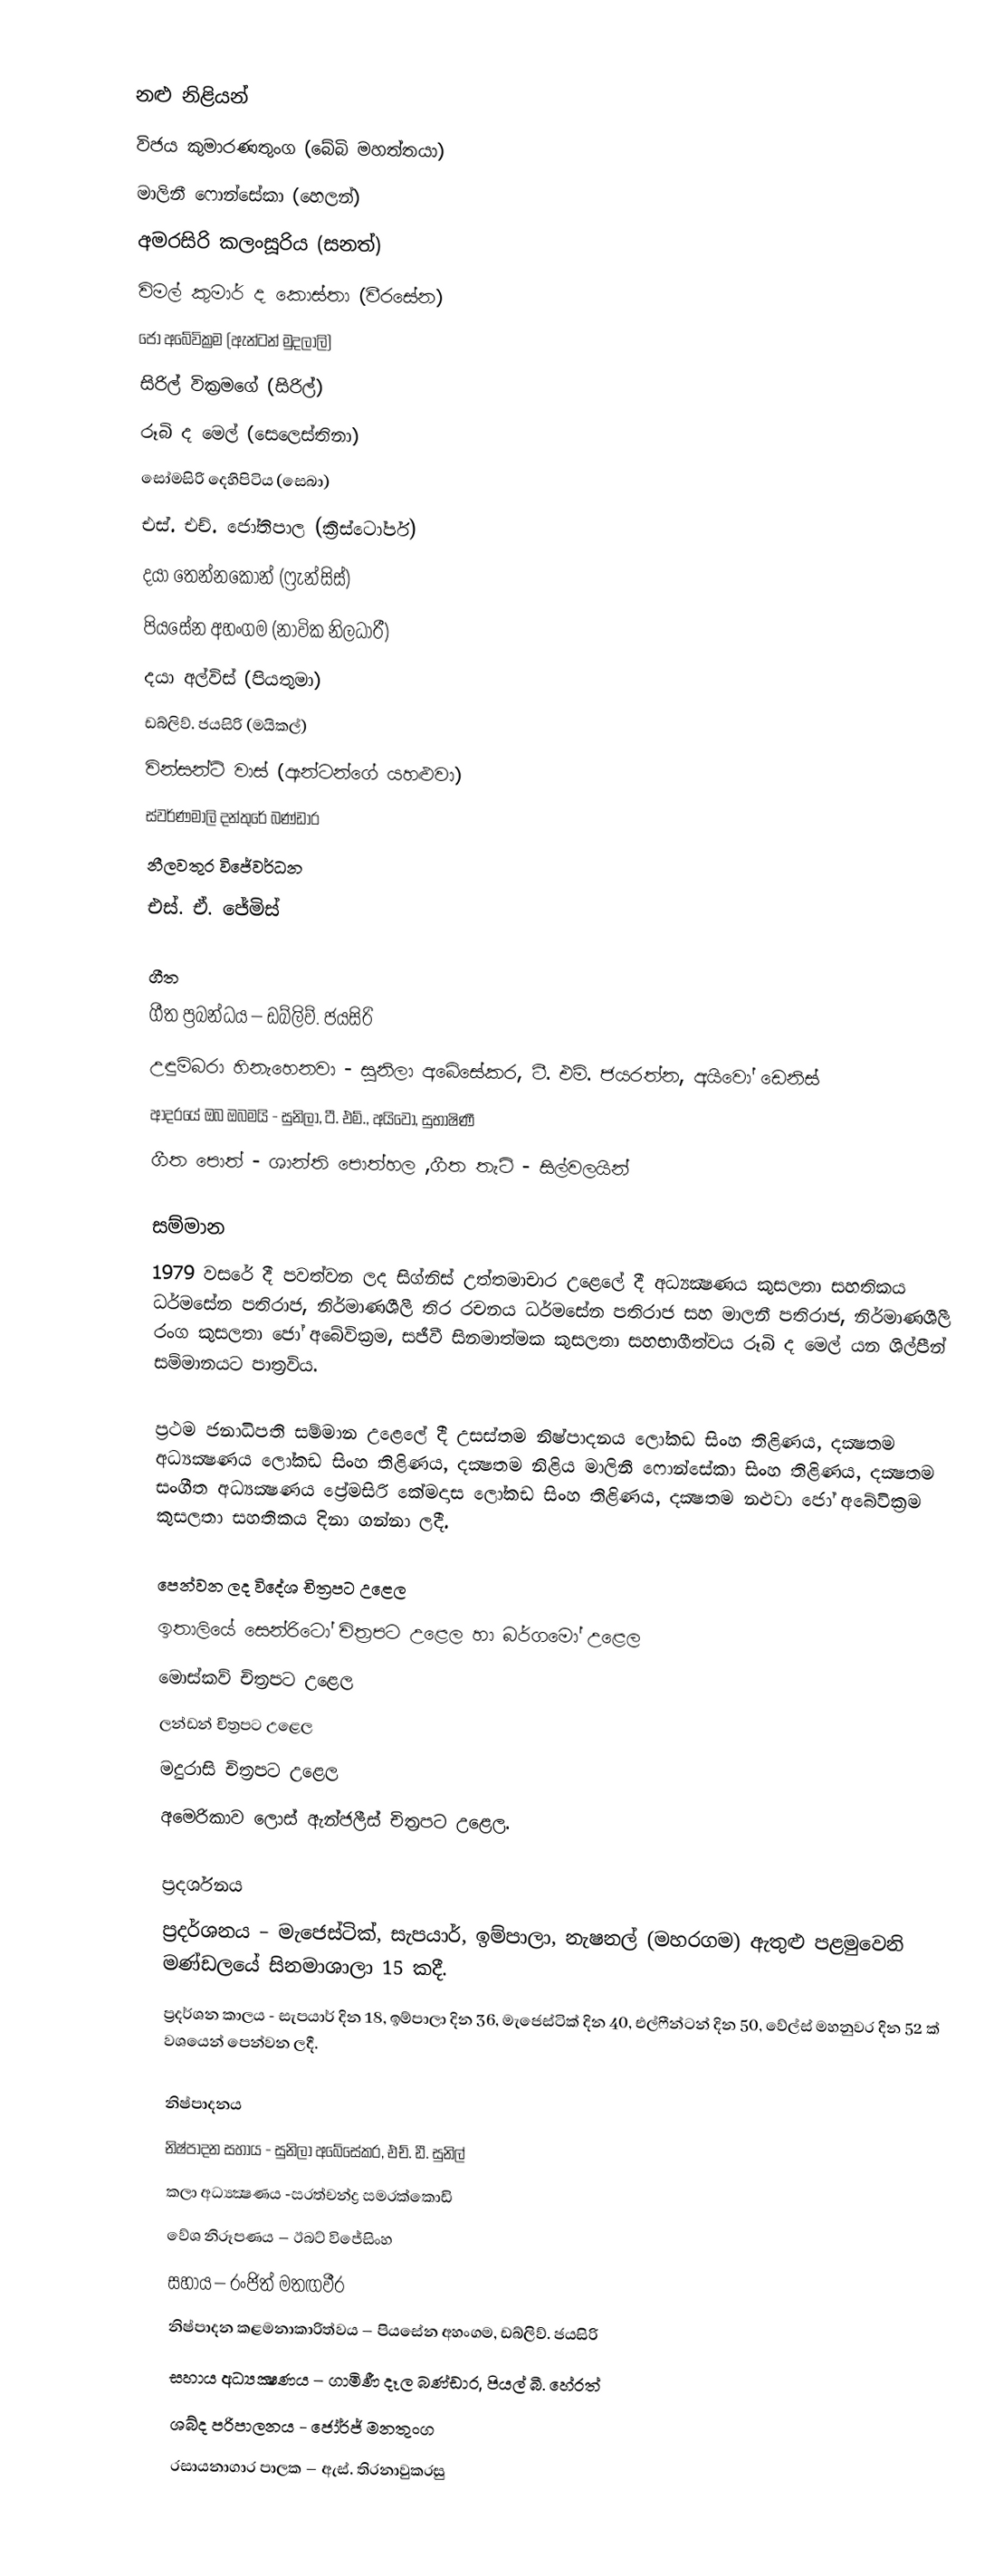

නළු නිළියන්
විජය කුමාරණතුංග (බේබි මහත්තයා)
මාලිනී ෆොන්සේකා (හෙලන්)
අමරසිරි කලංසූරිය (සනත්)
විමල් කුමාර් ද කොස්තා (වීරසේන)
ජෝ අබේවික්‍රම (ඇන්ටන් මුදලාලි)
සිරිල් වික්‍රමගේ (සිරිල්)
රූබි ද මෙල් (සෙලෙස්තිනා)
සෝමසිරි දෙහිපිටිය (සෙබා)
එස්. එච්. ජෝතිපාල (ක්‍රිස්ටෝපර්)
දයා තෙන්නකෝන් (ෆ්‍රැන්සිස්)
පියසේන අහංගම (නාවික නිලධාරී)
දයා අල්විස් (පියතුමා)
ඩබ්ලිව්. ජයසිරි (මයිකල්)
වින්සන්ට් වාස් (ඇන්ටන්ගේ යහළුවා)
ස්වර්ණමාලි දන්තුරේ බණ්ඩාර
නීලවතුර විජේවර්ධන
එස්. ඒ. ජේමිස්

ගීත
ගීත ප්‍රබන්ධය – ඩබ්ලිව්. ජයසිරි
උඳුම්බරා හිනැහෙනවා - සුනිලා අබේසේකර, ටී. එම්. ජයරත්න, අයිවෝ ඩෙනිස්
ආදරයේ ඔබ ඔබමයි - සුනිලා, ටී. එම්., අයිවෝ, සුභාෂිණී
ගීත පොත් - ශාන්ති පොත්හල ,ගීත තැටි - සිල්වලයින්

සම්මාන
1979 වසරේ දී පවත්වන ලද සිග්නිස් උත්තමාචාර උළෙලේ දී අධ්‍යක්‍ෂණය කුසලතා සහතිකය ධර්මසේන පතිරාජ, නිර්මාණශීලී තිර රචනය ධර්මසේන පතිරාජ සහ මාලනී පතිරාජ, නිර්මාණශීලී රංග කුසලතා ජෝ අබේවික්‍රම, සජීවී සිනමාත්මක කුසලතා සහභාගීත්වය රූබි ද මෙල් යන ශිල්පීන් සම්මානයට පාත්‍රවිය.

ප්‍රථම ජනාධිපති සම්මාන උළෙලේ දී උසස්තම නිෂ්පාදනය ලෝකඩ සිංහ තිළිණය, දක්‍ෂතම අධ්‍යක්‍ෂණය ලෝකඩ සිංහ තිළිණය, දක්‍ෂතම නිළිය මාලිනී ෆොන්සේකා සිංහ තිළිණය, දක්‍ෂතම සංගීත අධ්‍යක්‍ෂණය ප්‍රේමසිරි කේමදාස ලෝකඩ සිංහ තිළිණය, දක්‍ෂතම නළුවා ජෝ අබේවික්‍රම කුසලතා සහතිකය දිනා ගන්නා ලදී.

පෙන්වන ලද විදේශ චිත්‍රපට උළෙල
ඉතාලියේ සෙන්රිටෝ චිත්‍රපට උළෙල හා බර්ගමෝ උළෙල
මොස්කව් චිත්‍රපට උළෙල
ලන්ඩන් චිත්‍රපට උළෙල
මදුරාසි චිත්‍රපට උළෙල
අමෙරිකාව ලොස් ඇන්ජලීස් චිත්‍රපට උළෙල.

ප්‍රදර්ශනය
ප්‍රදර්ශනය – මැජෙස්ටික්, සැපයාර්, ඉම්පාලා, නැෂනල් (මහරගම) ඇතුළු පළමුවෙනි මණ්ඩලයේ සිනමාශාලා 15 කදී.
ප්‍රදර්ශන කාලය - සැපයාර් දින 18, ඉම්පාලා දින 36, මැජෙස්ටික් දින 40, එල්ෆීන්ටන් දින 50, වේල්ස් මහනුවර දින 52 ක් වශයෙන් පෙන්වන ලදී.

නිෂ්පාදනය
නිෂ්පාදන සහාය - සුනිලා අබේසේකර, එච්. ඩී. සුනිල්
කලා අධ්‍යක්‍ෂණය -සරත්චන්ද්‍ර සමරක්කොඩි
වේශ නිරූපණය – ඊබට් විජේසිංහ
සහාය – රංජිත් මතඟවීර
නිෂ්පාදන කළමනාකාරිත්වය – පියසේන අහංගම, ඩබ්ලිව්. ජයසිරි
සහාය අධ්‍යක්‍ෂණය – ගාමිණී දෑල බණ්ඩාර, පියල් බී. හේරත්
ශබ්ද පරිපාලනය - ජෝර්ජ් මනතුංග
රසායනාගාර පාලක – ඇස්. තිරනාවුකරසු